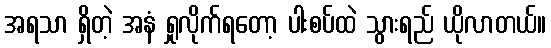
အရသာ ရှိတဲ့ အနံ ရှုလိုက်ရတော့ ပါးစပ်ထဲ သွားရည် ယိုလာတယ်။